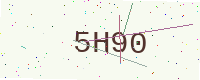
Text: 5H90